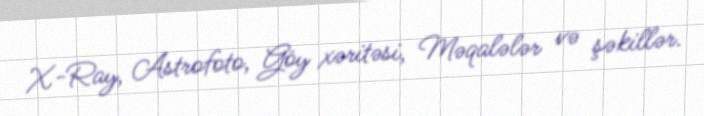
X-Ray, Astrofoto, Göy xəritəsi, Məqalələr və şəkillər.